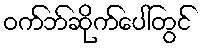
ဝက်ဘ်ဆိုက်ပေါ်တွင်